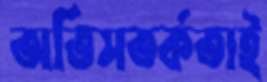
অতিসতর্কতাই